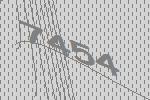
7454